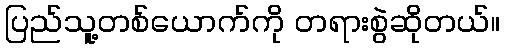
ပြည်သူ့တစ်ယောက်ကို တရားစွဲဆိုတယ်။